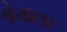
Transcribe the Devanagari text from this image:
श्रेयाला